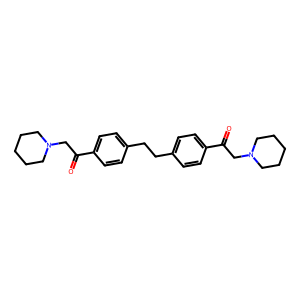
SMILES: O=C(CN1CCCCC1)c1ccc(CCc2ccc(C(=O)CN3CCCCC3)cc2)cc1
Inhibits HIV replication: No